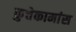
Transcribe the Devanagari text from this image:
कुत्तेकामांस